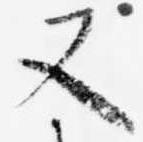
又